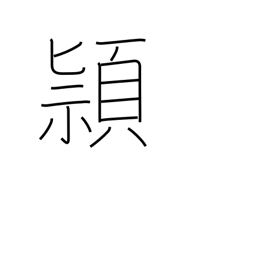
Meaning: cleverness